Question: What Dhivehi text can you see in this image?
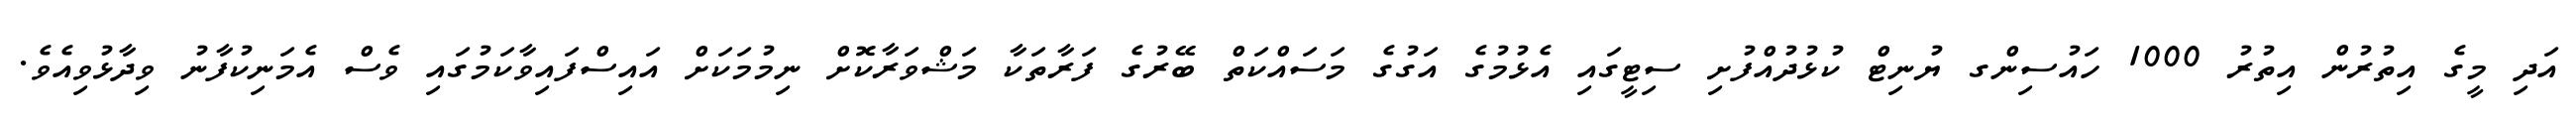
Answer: އަދި މީގެ އިތުރުން އިތުރު 1000 ހައުސިންގ ޔުނިޓް ކުޅުދުއްފުށި ސިޓީގައި އެޅުމުގެ އަގުގެ މަސައްކަތް ބޭރުގެ ފަރާތަކާ މަޝްވަރާކޮށް ނިމުމަކަށް އައިސްފައިވާކަމުގައި ވެސް އެމަނިކުފާނު ވިދާޅުވިއެވެ.